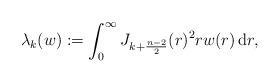
LaTeX: \begin{align*}\lambda_k(w):=\int_0^\infty J_{k+\frac{n-2}{2}}(r)^2 r w(r)\,\mathrm{d}r,\end{align*}